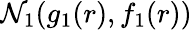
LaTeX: \mathcal{N}_{1}(g_{1}(r),f_{1}(r))